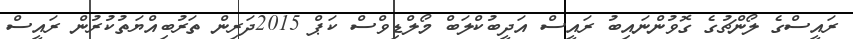
ރައީސްގެ ލޯންޗުގެ ގޮވުންނައިބު ރައީސް އަދީބުކްލަބް މޯލްޑިވްސް ކަޕް 2015ދަރިން ތަރުބިއްޔަތުކުރުން ރައީސް